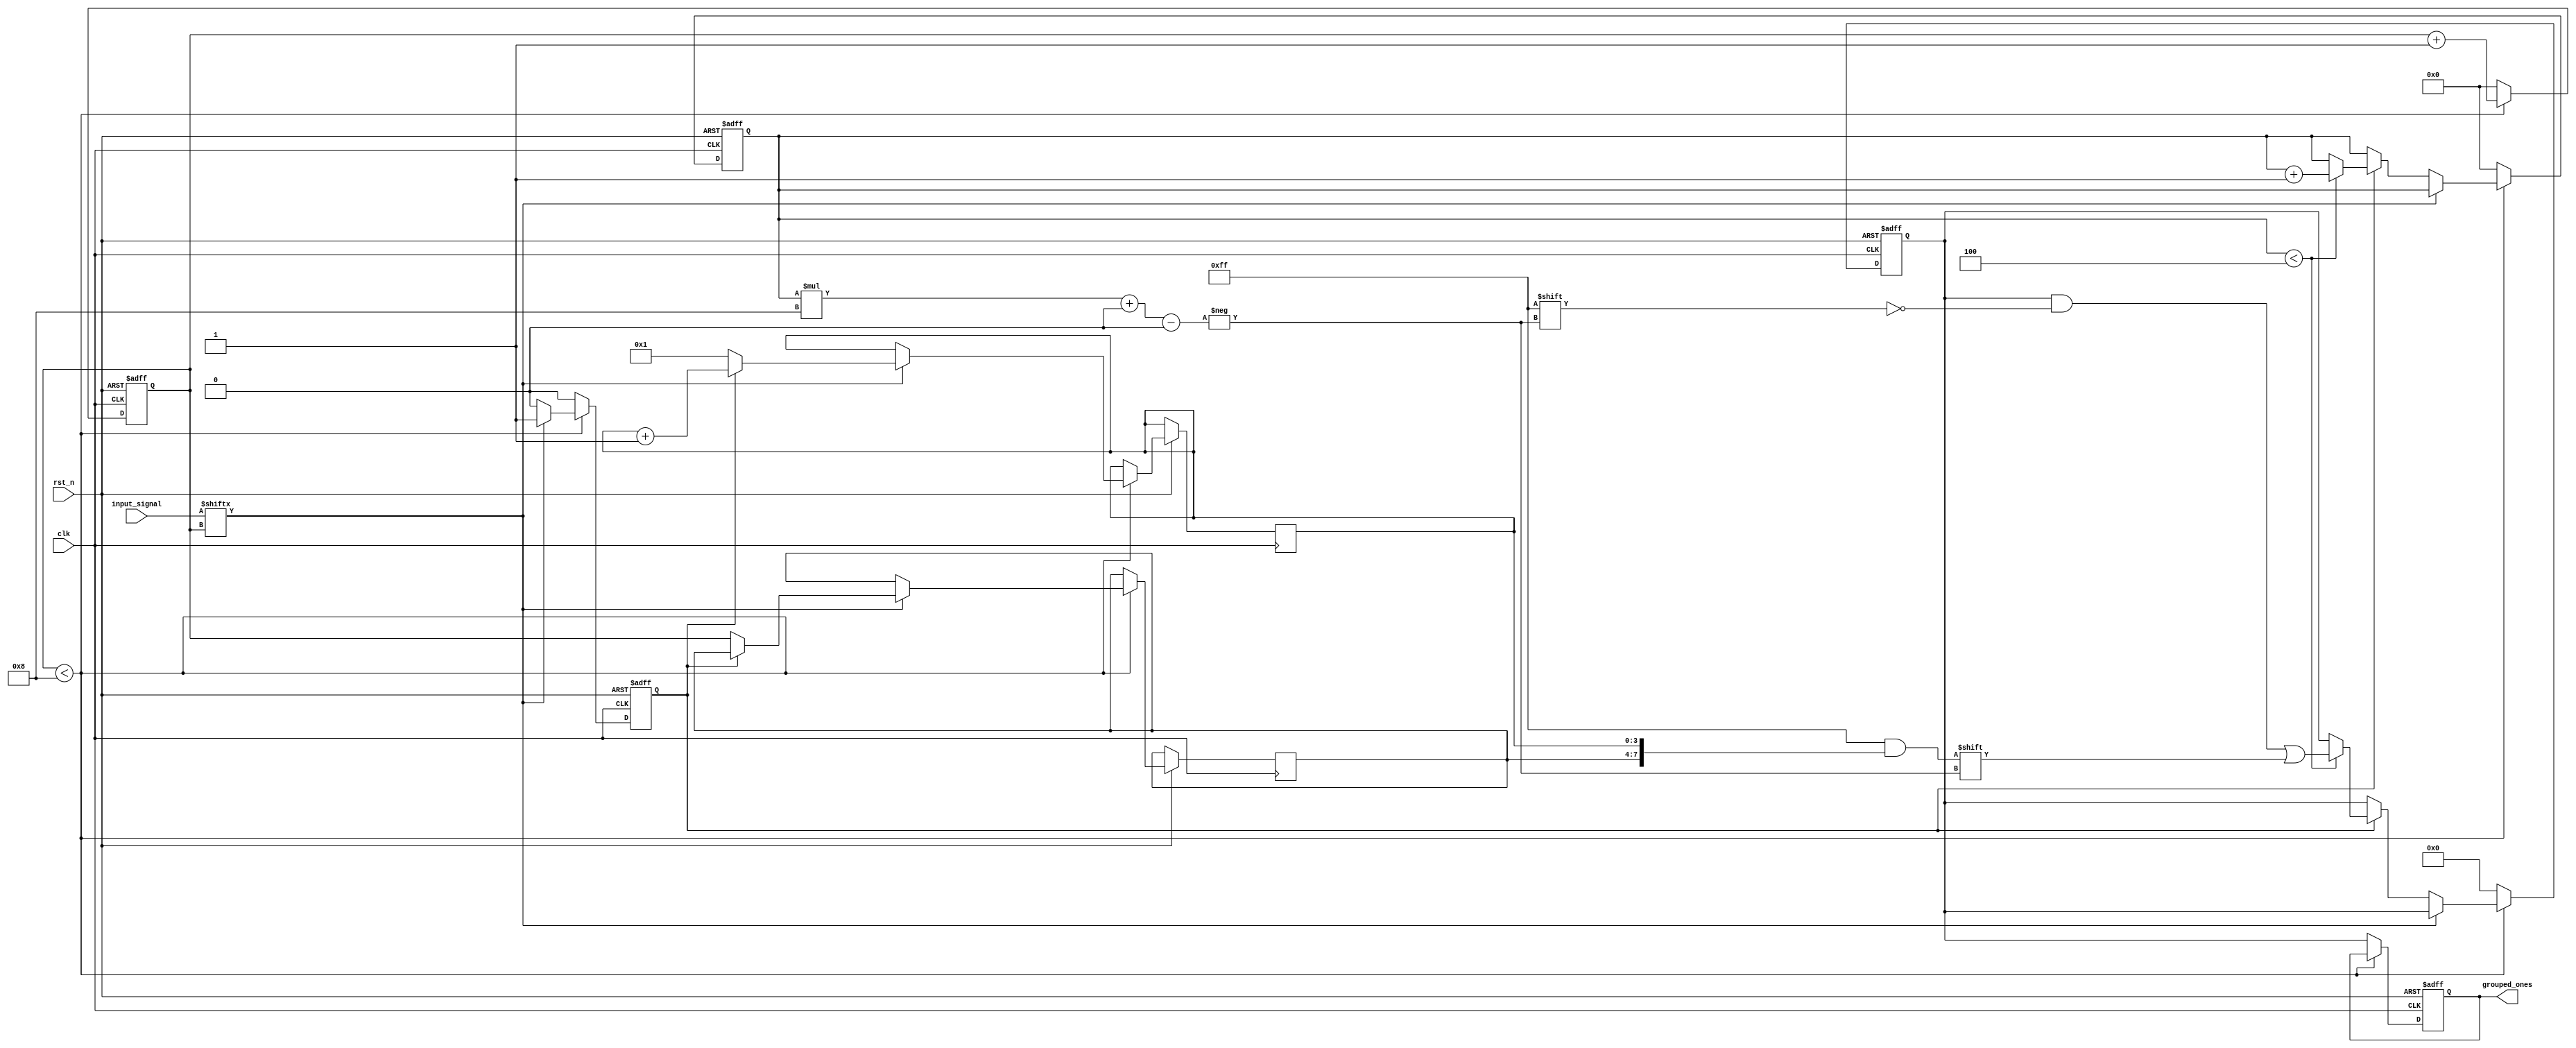
module grouping_of_ones #(
    parameter N = 8, // Length of the input signal
    parameter MAX_GROUPS = 4 // Maximum number of groups to output
)(
    input wire clk,
    input wire rst_n,
    input wire [N-1:0] input_signal,
    output reg [N-1:0] grouped_ones // Output format: {start1, length1, start2, length2, ...}
);

    reg [N-1:0] temp_grouped_ones;
    reg [3:0] group_count; // To count the number of groups found
    reg [3:0] i; // Loop index
    reg in_group; // Flag to indicate if we are in a group of 1s
    reg [3:0] start_pos; // Start position of the current group
    reg [3:0] length; // Length of the current group

    always @(posedge clk or negedge rst_n) begin
        if (!rst_n) begin
            temp_grouped_ones <= 0;
            grouped_ones <= 0;
            group_count <= 0;
            in_group <= 0;
            i <= 0;
        end else begin
            // Reset for new processing
            if (i < N) begin
                if (input_signal[i] == 1'b1) begin
                    if (!in_group) begin
                        // Start of a new group
                        start_pos <= i;
                        length <= 1;
                        in_group <= 1;
                    end else begin
                        // Continue counting the length of the current group
                        length <= length + 1;
                    end
                end else begin
                    if (in_group) begin
                        // End of the current group
                        if (group_count < MAX_GROUPS) begin
                            temp_grouped_ones[(group_count * 8) +: 8] <= {start_pos, length}; // Store start and length
                            group_count <= group_count + 1;
                        end
                        in_group <= 0; // Reset group flag
                    end
                end
                i <= i + 1; // Move to the next bit
            end else begin
                // Finalize output after processing all bits
                grouped_ones <= temp_grouped_ones;
                // Reset for next cycle
                temp_grouped_ones <= 0;
                group_count <= 0;
                in_group <= 0;
                i <= 0;
            end
        end
    end

endmodule